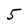
Character: 5